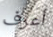
أعرف